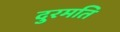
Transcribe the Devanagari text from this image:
दुरमति